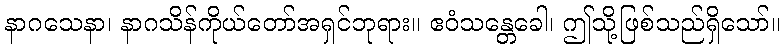
နာဂသေနာ၊ နာဂသိန်ကိုယ်တော်အရှင်ဘုရား။ ဧဝံသန္တေခေါ၊ ဤသို့ဖြစ်သည်ရှိသော်။